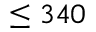
\leq 3 4 0